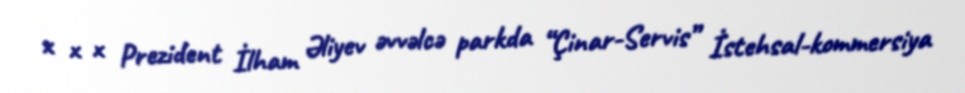
x x x Prezident İlham Əliyev əvvəlcə parkda “Çinar-Servis” İstehsal-kommersiya